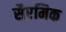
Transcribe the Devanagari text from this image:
सैरमिक